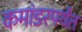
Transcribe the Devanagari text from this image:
कमांडरपर्यंत